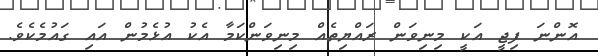
އޮންނަ ފިޖީ އަކީ މިނިވަން ރައްޔިތެއް މިނިވަންކަމާ އެކު އުޅެމުން އައި ގައުމެކެވެ.